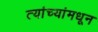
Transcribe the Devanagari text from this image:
त्यांच्यांमधून